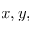
x , y ,